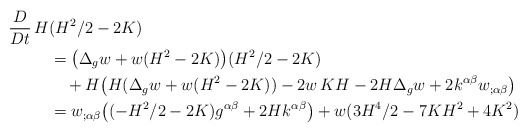
\begin{align*}\begin{aligned}\frac{D}{Dt}\,H&(H^2/2-2K)\\&=\big(\Delta_gw+w(H^2-2K)\big)(H^2/2-2K)\\&\quad+H\big(H(\Delta_gw+w(H^2-2K))-2w\,K H-2H\Delta_g w+ 2k^{\alpha\beta}w_{;\alpha\beta}\big)\\&=w_{;\alpha\beta}\big((-H^2/2-2K)g^{\alpha\beta}+2Hk^{\alpha\beta}\big)+w(3H^4/2-7KH^2+4K^2)\end{aligned}\end{align*}